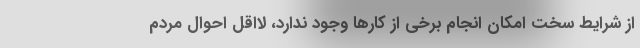
از شرایط سخت امکان انجام برخی از کارها وجود ندارد، لااقل احوال مردم